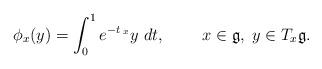
LaTeX: \begin{align*} \phi_x(y) = \int_0^1 e^{-t\;_x}y\;dt,\;\;\;\;\;\;\;\; x\in\mathfrak{g},\; y\in T_x\mathfrak{g}. \end{align*}